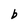
Character: b